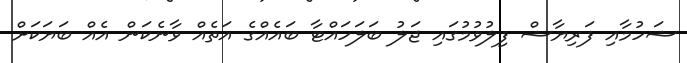
ޝަހުމާއި ފަރިޔާޝް ފިލުވުމުގައި ޖަލު ބަލަހައްޓާ ބައެއްގެ އަތެއް ވާނެކަން އެއް ބަޔަކަށް